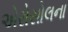
એરોસોલના